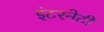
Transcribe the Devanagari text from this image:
इंटरनेटी